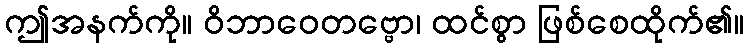
ဤအနက်ကို။ ဝိဘာဝေတဗ္ဗော၊ ထင်စွာ ဖြစ်စေထိုက်၏။